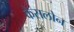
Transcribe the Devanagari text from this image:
कैसलोन